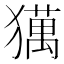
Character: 𤢥